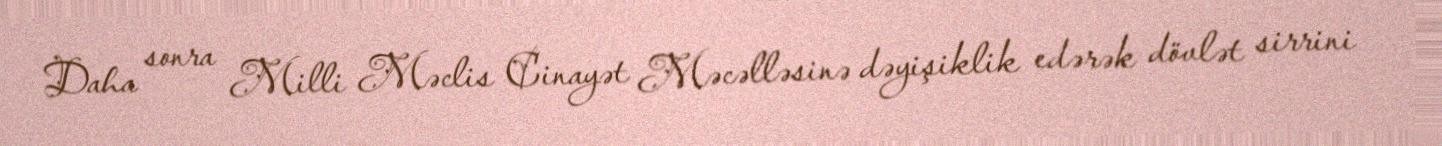
Daha sonra Milli Məclis Cinayət Məcəlləsinə dəyişiklik edərək dövlət sirrini